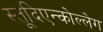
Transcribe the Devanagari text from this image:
स्तूदिएन्कोल्लेग